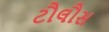
ટૌલૌસ